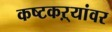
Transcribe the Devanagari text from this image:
कष्टकऱ्यांवर